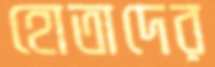
হোতাদের